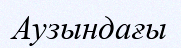
Аузындағы